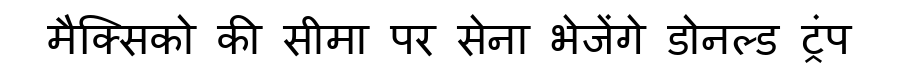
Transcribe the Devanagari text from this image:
मैक्सिको की सीमा पर सेना भेजेंगे डोनल्ड ट्रंप